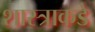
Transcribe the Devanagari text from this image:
शास्त्राकडे